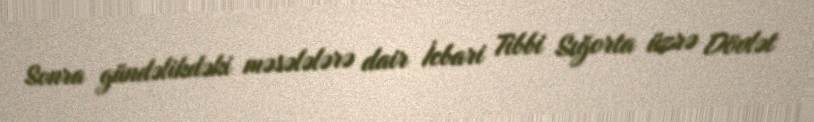
Sonra gündəlikdəki məsələlərə dair İcbari Tibbi Sığorta üzrə Dövlət